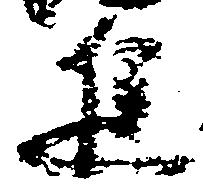
進